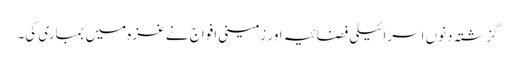
گزشتہ دنوں اسرائیلی فضائیہ اور زمینی افواج نے غزہ میں بمباری کی۔